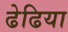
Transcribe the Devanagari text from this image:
ढेढिया